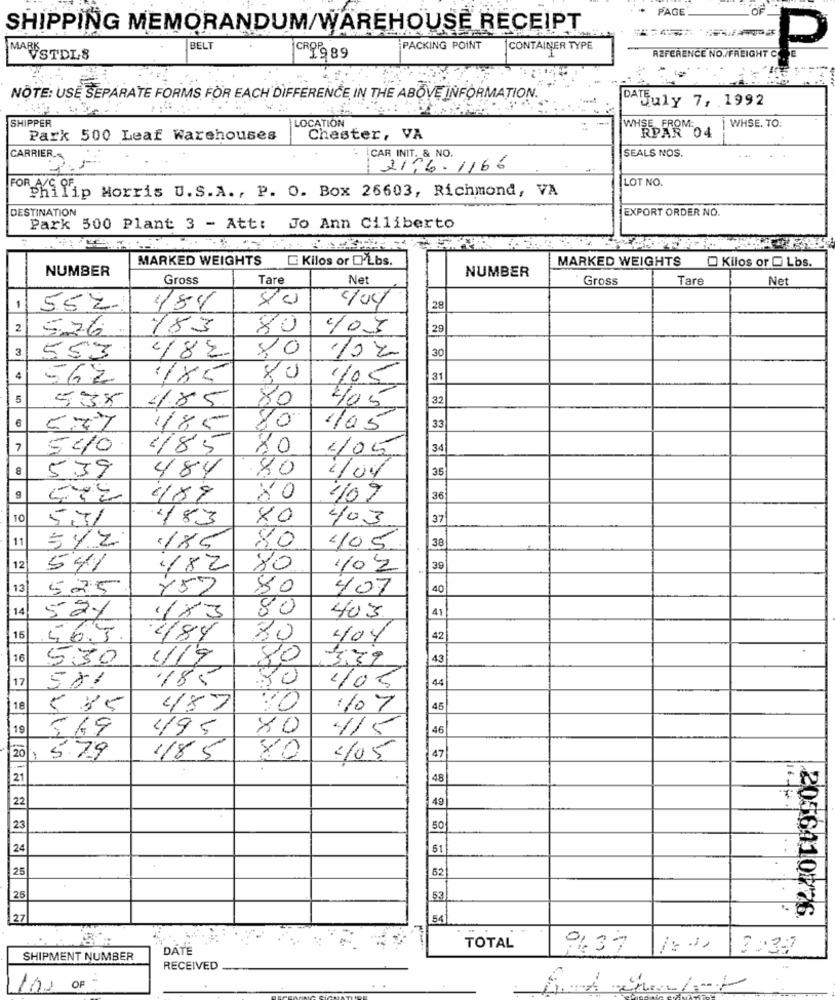
PAGE
OF
SHIPPING MEMORANDUM/WAREHOUSE RECEIPT
BELT
PACKING POINT
CONTAINER TYPE
P
MARSTDLS
CRY9 89
REFERENCE NO./FREIGHT C
NOTE: USE SEPARATE FORMS FOR EACH DIFFERENCE IN THE ABOVE INFORMATION.
DATJuly 7, 1992
SHIPPER
LOCATION
WHSE. TO:
Park 500 Leaf Warehouses
Chester, VA
WHOSE FORM 04
SEALS NOS.
CARRIER .-
CAR INIT. & NO.
2176. 1166
LOT NO.
philip Morris U.S.A ., P. O. Box 26603, Richmond, VA
DESTINATION
EXPORT ORDER NO.
Park 500 Plant 3 - Att: Jo Ann Ciliberto
MARKED WEIGHTS
Kilos or D'Lbs.
MARKED WEIGHTS
NUMBER
NUMBER
Kilos or C Lbs.
Gross
Tare
Net
Gross
Tare
Net
/04/
1
55 %
484
28
2
576
183
80
403
29
3
30
553
4/8 %.
10 20
4
562
185
80
31
1/05
5
538
4.85
80
32
40 5
6
70
185
1/05
33
7
540
4/85
80
4/05
34
5.39
484
.80
35
1/04
g
489
80
407
36
10
57%
183
80
403
37
11
5/2
38
1×5
80
405
12
541
182
80
1/2
30
13
525
Y57
80
407
40
14
80
41
52%
1X3
403
15
56.3
484
80
404
42
16
530
1/19
80
3:39
43
17
581
185
90
44
4/05
18
5 35
487
117
45
19
549
495
80
115
46
20
118 5
80
47
15.79
4/05
21
48
22
49
23
50
24
51
25
52
25
53
2056110126
27
54
DATE
TOTAL
937
3:37
SHIPMENT NUMBER
RECEIVED
OF